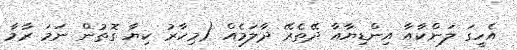
އެހީގަ ލަންކާއާ އިންޑިޔާއާ ދޭތެރޭ ދާލަމެއް (މިހާރު ކިޔާ ގޮތުން ނަމަ ރާމާ